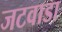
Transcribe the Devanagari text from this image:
जटवाडा